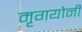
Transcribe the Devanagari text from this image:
मृगयोनी